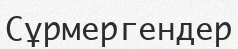
Сұрмергендер